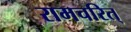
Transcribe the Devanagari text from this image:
रामचरित्